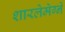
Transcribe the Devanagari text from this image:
शारलेमेग्ने